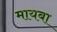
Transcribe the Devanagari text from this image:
मायबा